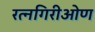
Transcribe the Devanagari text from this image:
रत्नगिरीओण